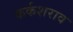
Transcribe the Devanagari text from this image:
कर्कशराव